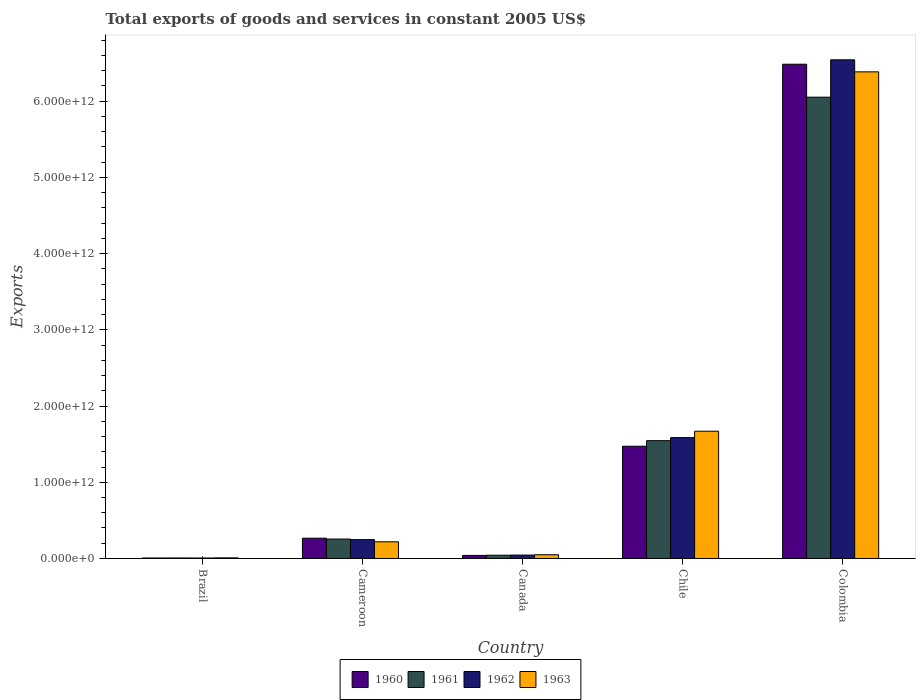
| Country | 1960 | 1961 | 1962 | 1963 |
 | --- | --- | --- | --- | --- |
 | Brazil | 6.63e+09 | 6.97e+09 | 6.46e+09 | 8.26e+09 |
 | Cameroon | 2.66e+11 | 2.55e+11 | 2.48e+11 | 2.19e+11 |
 | Canada | 4.02e+10 | 4.29e+10 | 4.49e+10 | 4.91e+10 |
 | Chile | 1.47e+12 | 1.55e+12 | 1.59e+12 | 1.67e+12 |
 | Colombia | 6.48e+12 | 6.05e+12 | 6.54e+12 | 6.38e+12 |